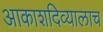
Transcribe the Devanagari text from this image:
आकाशदिव्यालाच